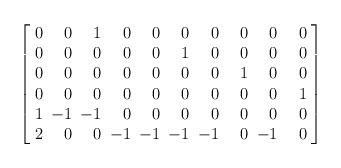
LaTeX: \begin{align*} \left[ \arraycolsep=3pt \begin{array}{rrrrrrrrrr} 0&0&1&0&0&0&0&\hphantom{-}0&0&\hphantom{-}0\\ 0&0&0&0&0&1&0&0&0&0\\ 0&0&0&0&0&0&0&1&0&0\\ 0&0&0&0&0&0&0&0&0&1\\ 1&-1&-1&0&0&0&0&0&0&0\\ 2&0&0&-1&-1&-1&-1&0&-1&0\\ \end{array} \right]\end{align*}